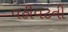
વહીવટની